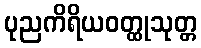
ပုညကိရိယဝတ္ထုသုတ္တ